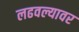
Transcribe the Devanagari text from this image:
लढवल्यावर